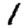
Digit: 1